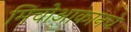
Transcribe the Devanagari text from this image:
मिचोआकानचे